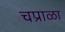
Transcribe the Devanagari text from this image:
चप्राळा